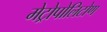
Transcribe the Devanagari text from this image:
मेट्रोपोलिटोण